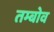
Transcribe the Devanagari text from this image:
तम्बोव